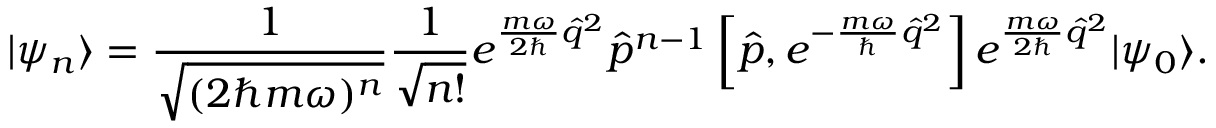
| \psi _ { n } \rangle = \frac { 1 } { \sqrt { ( 2 \hbar m \omega ) ^ { n } } } \frac { 1 } { \sqrt { n ! } } e ^ { \frac { m \omega } { 2 \hbar } \hat { q } ^ { 2 } } \hat { p } ^ { n - 1 } \left[ \hat { p } , e ^ { - \frac { m \omega } { \hbar } \hat { q } ^ { 2 } } \right] e ^ { \frac { m \omega } { 2 \hbar } \hat { q } ^ { 2 } } | \psi _ { 0 } \rangle .